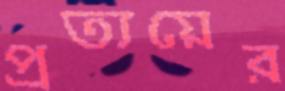
প্রত্যয়ের